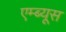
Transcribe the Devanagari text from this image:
एम्ब्यूस